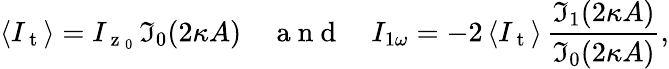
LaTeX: \langle I_{\mathrm{~t~}}\rangle=I_{\mathrm{~z~}_{0}}\, \mathfrak{I}_{0}(2\kappa A)\quad\mathrm{~a~n~d~}\quad I_{1\omega}=-2\, \langle I_{\mathrm{~t~}}\rangle\, \frac{\mathfrak{I}_{1}(2\kappa A)}{\mathfrak{I}_{0}(2\kappa A)},